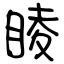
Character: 睖